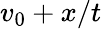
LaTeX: v_{0}+x/t